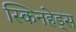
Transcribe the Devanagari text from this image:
स्किनहेड्स